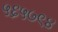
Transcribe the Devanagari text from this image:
५६५७९४